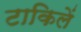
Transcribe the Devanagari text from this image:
टाकिलें